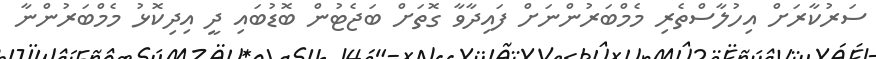
ސަރުކާރަށް އިހުލާސްތެރި މެމްބަރުންނަށް ފައިދާވާ ގޮތަށް ބަޖެޓުން ބޮޑުބައި ދީ އިދިކޮޅު މެމްބަރުންނާ